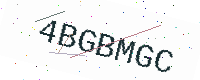
Text: 4BGBMGC